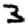
Digit: 3